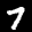
Label: 7